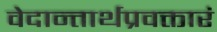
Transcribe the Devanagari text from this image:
वेदान्तार्थप्रवक्तारं